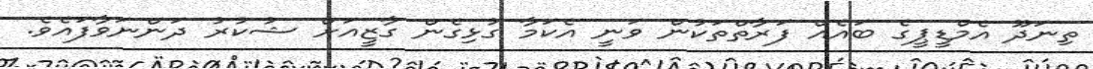
ތިނަދޫ އެމްޑީޕީގެ ބައެއް ފަރާތްތަކުން ވަނީ އެކަމާ ގުޅިގެން ގާޒީއަށް ޝުކުރު ދަންނަވާފައެވެ.